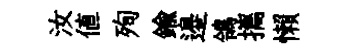
汝値殉鍮邉鴒攜懶